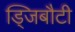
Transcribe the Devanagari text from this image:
ड्जिबौटी